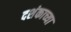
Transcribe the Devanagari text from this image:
दशंकाच्या